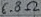
Text: 6.8Ω